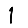
Digit: 1